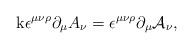
LaTeX: \begin{align*}\mathrm{k}\epsilon ^{\mu \nu \rho }\partial _{\mu }A_{\nu }=\epsilon ^{\mu\nu \rho }\partial _{\mu }\mathcal{A}_{\nu },\end{align*}